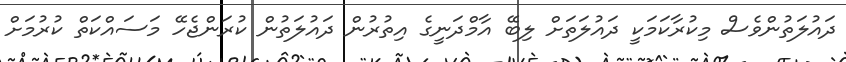
ދައުލަތުންވެސް މިކުރާކަމަކީ ދައުލަތަށް ލިބޭ އާމްދަނީގެ އިތުރުން ދައުލަތުން ކުރަންޖެހޭ މަސައްކަތް ކުރުމަށް